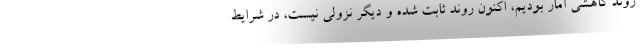
روند کاهشی آمار بودیم، اکنون روند ثابت شده و دیگر نزولی نیست، در شرایط